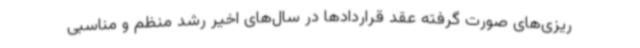
ریزی‌های صورت گرفته عقد قراردادها در سال‌های اخیر رشد منظم و مناسبی